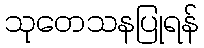
သုတေသနပြုရန်